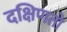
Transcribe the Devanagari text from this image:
दक्षिणतो